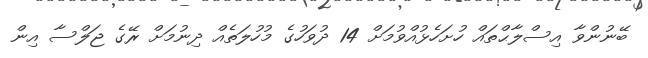
ބޭނުންވާ އިސްލާޙްތައް ހުށަހެޅުއްވުމަށް 14 ދުވަހުގެ މުހުލަތެއް ދިނުމަށް ރޭގެ ޖަލްސާ އިން